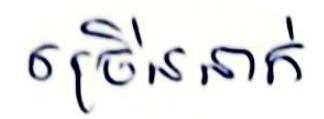
ច្រើននាក់